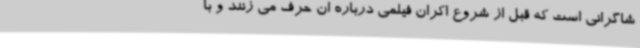
شاگرانی است که قبل از شروع اکران فیلمی درباره ان حرف می زنند و با